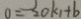
0 = 2 0 k _ { 1 } + b